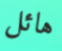
هائل